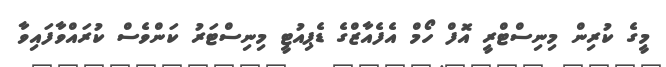
މީގެ ކުރިން މިނިސްޓްރީ އޮފް ހޯމް އެފެއާޒްގެ ޑެޕިއުޓީ މިނިސްޓަރު ކަންވެސް ކުރައްވާފައިވާ